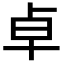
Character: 卓